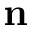
\textbf { n }